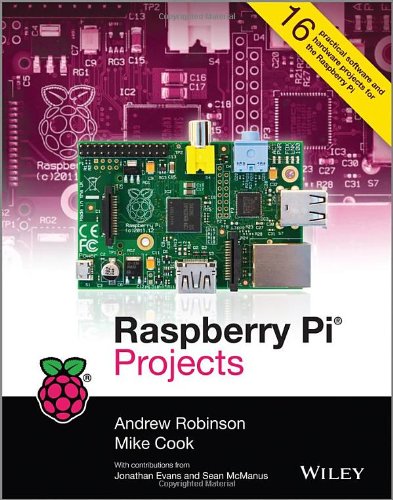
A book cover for Raspberry Pi Projects; Andrew Robinson; Computers & Technology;